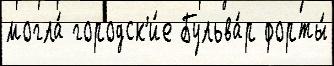
могла́ городск'и́е Бульва́р форты́